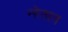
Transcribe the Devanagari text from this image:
न्हेतात